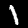
Label: 1